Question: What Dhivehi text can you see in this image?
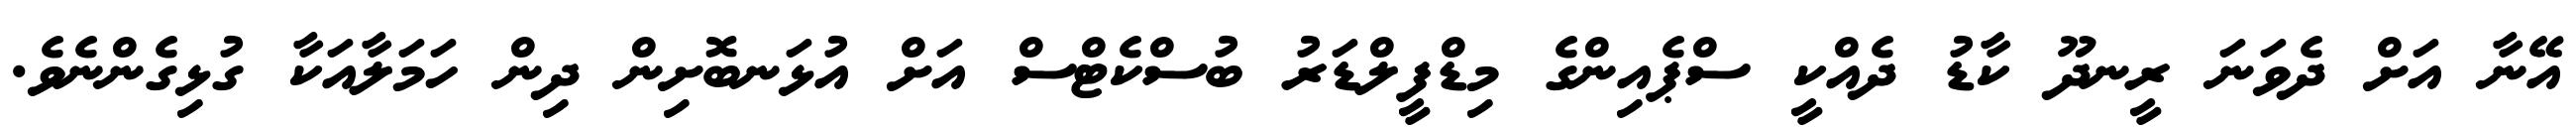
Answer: އޭނާ އަށް ދެވަނަ ރީނދޫ ކާޑު ދެއްކީ ސްޕެއިންގެ މިޑްފީލްޑަރު ބުސްކެޓްސް އަށް އުޅަނބޮށިން ދިން ހަމަލާއަކާ ގުޅިގެންނެވެ.